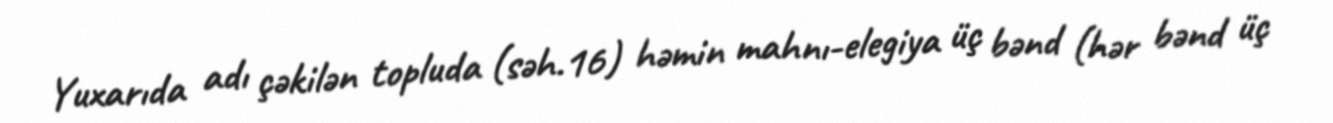
Yuxarıda adı çəkilən topluda (səh.16) həmin mahnı-elegiya üç bənd (hər bənd üç